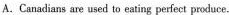
A. Canadians are used to eating perfect peoduce.